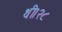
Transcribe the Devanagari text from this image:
थी।२८